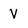
Character: v